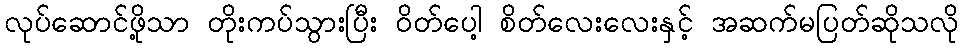
လုပ်ဆောင်ဖို့သာ တိုးကပ်သွားပြီး ဝိတ်ပေါ့ စိတ်လေးလေးနှင့် အဆက်မပြတ်ဆိုသလို